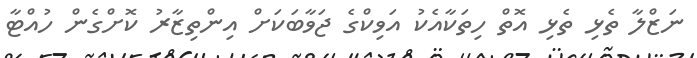
ނަޒްލާ ތެޅި ތެޅި އޮތް ހިތަކާއެކު އަވިކްގެ ޖަވާބަކަށް އިންތިޒާރު ކޮށްގެން ހުއްޓާ